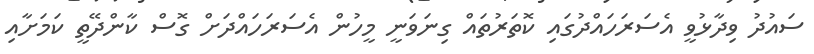
ސައުދު ވިދާޅުވީ އެސަރަހައްދުގައި ކޮތަރުތައް ގިނަވަނީ މީހުން އެސަރަހައްދަށް ގޮސް ކާންދޭތީ ކަމަށާއި